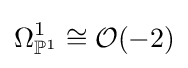
\Omega _{\mathbb {P} ^{1}}^{1}\cong {\mathcal {O}}(-2)